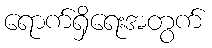
ရောက်ရှိရေးအတွက်